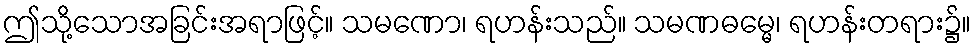
ဤသို့သောအခြင်းအရာဖြင့်။ သမဏော၊ ရဟန်းသည်။ သမဏဓမ္မေ၊ ရဟန်းတရား၌။